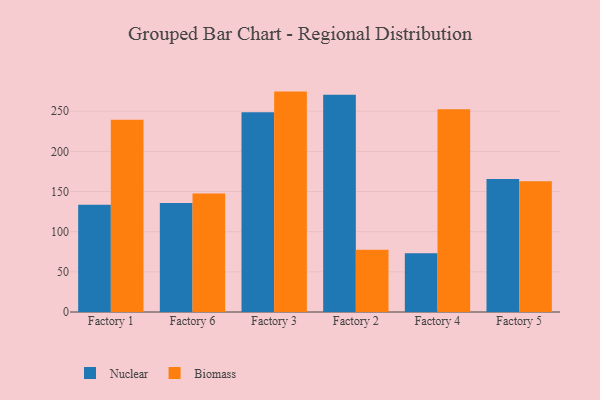
{"axis": {"x": "Factory", "y": "Inventory Turnover"}, "legend": ["Biomass", "Nuclear"], "data": [{"x": "Factory 1", "y": 133.5, "type": "Nuclear"}, {"x": "Factory 1", "y": 239.5, "type": "Biomass"}, {"x": "Factory 6", "y": 135.8, "type": "Nuclear"}, {"x": "Factory 6", "y": 147.4, "type": "Biomass"}, {"x": "Factory 3", "y": 248.7, "type": "Nuclear"}, {"x": "Factory 3", "y": 274.4, "type": "Biomass"}, {"x": "Factory 2", "y": 270.4, "type": "Nuclear"}, {"x": "Factory 2", "y": 77.6, "type": "Biomass"}, {"x": "Factory 4", "y": 73.2, "type": "Nuclear"}, {"x": "Factory 4", "y": 252.4, "type": "Biomass"}, {"x": "Factory 5", "y": 165.7, "type": "Nuclear"}, {"x": "Factory 5", "y": 162.9, "type": "Biomass"}]}